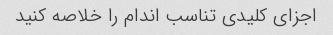
اجزای کلیدی تناسب اندام را خلاصه کنید